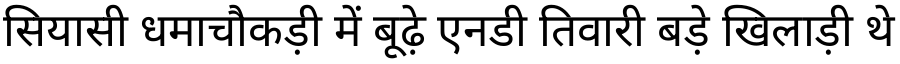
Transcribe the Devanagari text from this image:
सियासी धमाचौकड़ी में बूढ़े एनडी तिवारी बड़े खिलाड़ी थे